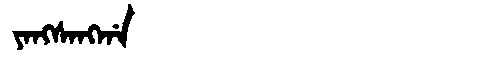
Manchu: ᠶᠠᠩᠰᠠᠩᡤᠠ
Romanization: YANGSANGGA